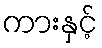
ကားနှင့်